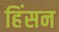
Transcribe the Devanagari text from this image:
हिंसन